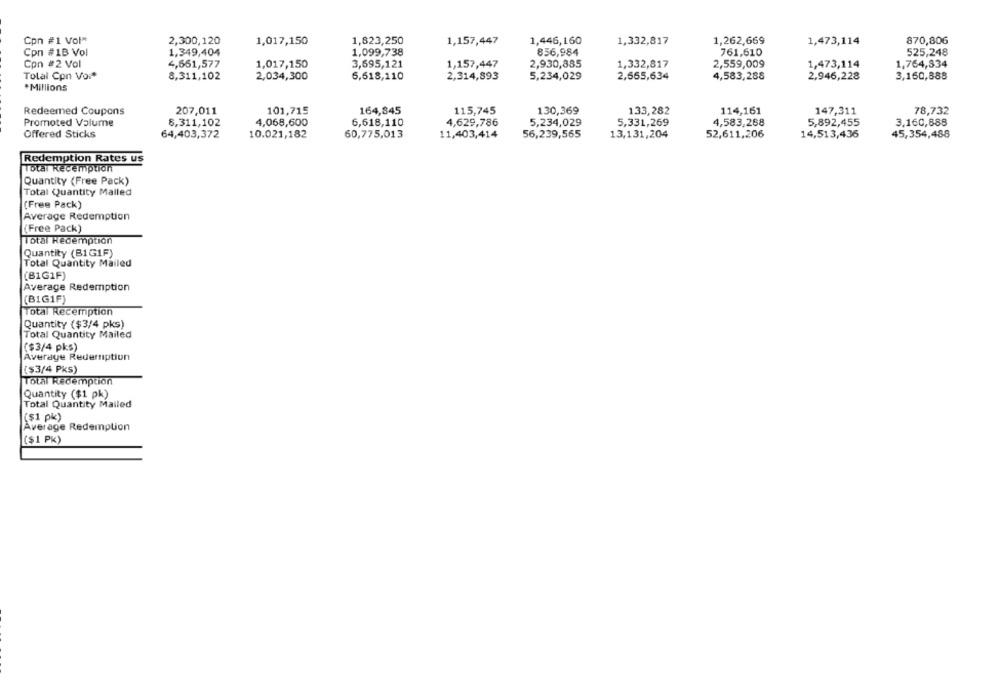
Cpn #1 Vol*
2,300,120
1,017,150
1,823,250
1,157,447
1,446,160
1,332,817
1,262,669
1,473,114
870,806
Cpn #1B Vol
1,349,404
1,099,738
856,984
761,610
525,248
Con #2 Vol
4,661,577
1,017,150
3,695,121
1,157,447
2,930,885
1,332,817
2,559,009
1,473,114
1,764,834
Tolal Con Vor*
2,665,634
3,160,888
8,311,102
2,034,300
6,618,110
2,314,893
5,234,029
4,583,288
2,946,228
*Millions
Redeemed Coupons
207,011
101,715
164,845
115,745
130,369
133,282
114,161
147,311
78,732
Promoted Valume
8,311,102
4,068,600
6,618,110
4,629,786
5,234,029
5,331,269
4,583,268
5,892,455
3.160,888
Offered Sticks
64,403,372
10.021,182
60,775,013
11,403,414
56,239,565
13,131,204
52,611,206
14,513,436
45,354,488
Redemption Rates us
Total Redemption
Quantity (Free Pack)
Total Quantity Mailed
(Free Pack)
Average Redemption
(Free Pack)
Total Redemption
Quantity (B1GIF)
Total Quantity Mailed
(B1G1F)
Average Redemption
(BIG1F)
Total Recemption
Quantity ($3/4 pks)
Total Quantity Mailed
($3/4 pks)
Average Redemption
($3/4 PKs)
Total Redemption
Quantity ($1 pk)
Total Quantity Mailed
($1 pk)
Average Redemption
($1 PK)